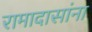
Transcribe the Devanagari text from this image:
रामादासांना